Vital statistics of India. Vol. IV, Annual returns from 1871 to 1876. British Army of India, Native Army and jails of Bengal
Year: 1871
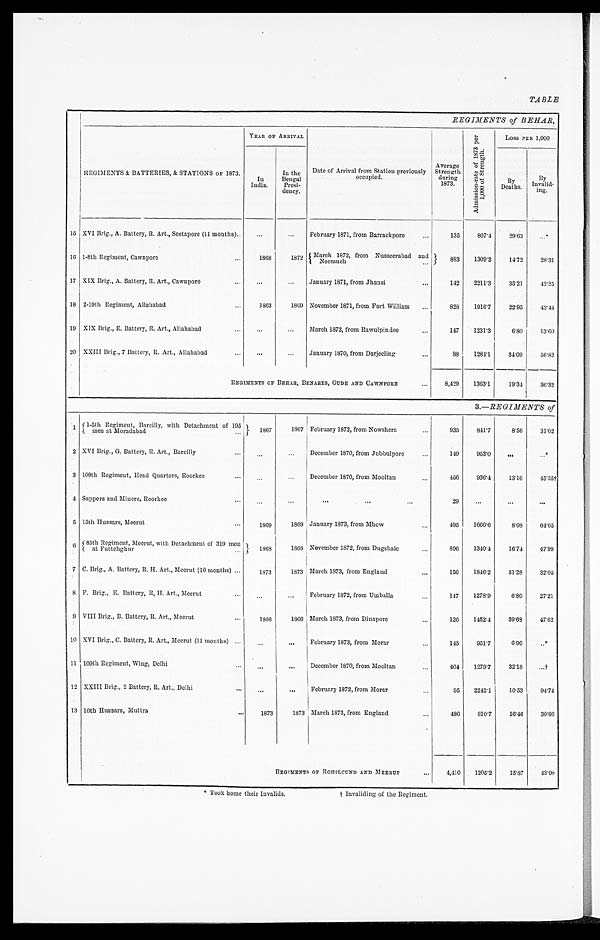
TABLE
REGIMENTS of BEHAR,
REGIMENTS & BATTERIES, & STATIONS OF 1873.
YEAR OF ARRIVAL
Date of Arrival from Station previously
o c c u p i e d .
Average
Strength
during
1873.
A d m i s s i o n - r a t e o f 1 8 7 3 p e r 1 , 0 0 0 o f S t r e n g t h .
Loss PER 1,000
In
India.
In the
Bengal
Presi-
dency.
B y
Deaths.
By
Invalid-
ing.
15 XVI Brig., A. Battery, R. Art., Seetapore (11 months) . . .
. . .
. . . February 1871, from Barrackpore . . .
135
807.4
29.63
. . .
16 1-8th Regiment, Cawnpore . . .
1868
1872 March 1872, from Nusseerabad and
Neemuch
8 8 3
1309.2
14.72
28.31
17 XIX Brig., A. Battery, R. Art., Cawnpore . . .
. . .
. . . January 1871, from Jhansi . . .
142
2211.3
35.21
42.25
18 2-19th Regiment, Allahabad . . .
1863
1869 November 1871, from Fort William . . .
828
1916.7
22.95
43.48
19 XIX Brig., E. Battery, R. Art., Allahabad . . .
. . .
. . .
March 1872, from Rawulpindee . . .
147
1231.3
6.80
13.60
20 XXIII Brig., 7 Battery, R. Art., Allahabad . . .
. . .
. . .
January 1870, from Darjeeling . . .
88
1284.1
34.09
56.82
REGIMENTS OP BEHAR, BENARES, OUDE AND CAWNPORE . . .
8,429
1363.1
19.34
36.32
3 .—REGIMENTS of
1
1-5th Regiment, Bareilly, with Detachment of 195
men at Moradabad . . .
1867
1867 February 1872, from Nowshera . . .
935
841.7
8.56
31.02
2 XVI Brig., G. Battery, R. Art., Bareilly. . .
. . .
. . . December 1870, from Jubbulpore . . .
149
953.0
. . .
. . .*
3 109th Regiment, Head Quarters, Roorkee . . .
. . .
. . . December 1870, from Mooltan . . .
456
936.4
13.16
45.35†
4 Sappers and Miners, Roorkee . . .
. . .
. . .
. . .
29
. . .
. . .
. . .
5 15th Hussars, Meerut . . .
1869
1869 January 1873, from Mhow
495
1660.6
8.08
64.65
6
85th Regiment, Meerut, wills Detachment of 319 men
at Futtchghur.
1 8 6 8
1868 November 1872, from Dugshaie. . .
896
1340.4
16.74
47.99
7 C. Brig., A. Battery, R. H. Art., Meerut (10 months) . . .
1873
1873 March 1873, from England . . .
156
1846.2
51.28
32.05
8 F. Brig., E. Battery, R, H. Art,, Meerut . . .
. . .
. . . February 1872, from Umballa . . .
147
1278.9
6.80
27.21
9 VIII Brig., B. Battery, R. Art., Meerut . . .
1866
1866 March 1873, from Dinapore . . .
126
1452.4
39.68
47.62
10 XVI Brig., C. Battery, R. Art,, Meerut (11 mouths) . . .
. . .
. . . February 1873, from Morar . . .
145
951.7
6.90 . . .*
11 109th Regiment, Wing, Delhi. . .
. . .
. . . December 1870, from Mooltan . . .
404
1279.7
32.18
. . . †
12 XXIII Brig., 2 Battery, R. Art., Delhi . . .
. . .
. . . February 1872, from Morar . . .
95
2242.1
10.53
94.74
13 10th Hussars, Muttra . . .
1873
1873 March 1873, from England. . .
486
810.7
16.46
30.86
REGIMENTS OF ROHILCUND AND MEERUT . . .
4,410
1205.2
15.87
43.98
* Took home their Invalids.
† invaliding of the Regiment.